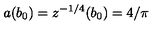
a ( b _ { 0 } ) = z ^ { - 1 / 4 } ( b _ { 0 } ) = 4 / \pi